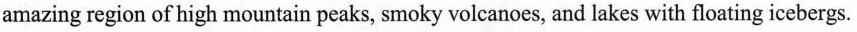
amazing region of high mountain peaks, smoky volcanoes, and lakes with floating icebergs.